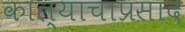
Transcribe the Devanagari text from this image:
काल्याचाप्रसाद